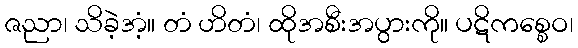
ဇညာ၊ သိခဲ့အံ့။ တံ ဟိတံ၊ ထိုအစီးအပွားကို။ ပဋိကစ္စေဝ၊